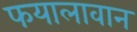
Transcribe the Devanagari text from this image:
फयालावान